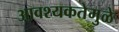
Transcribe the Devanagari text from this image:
आवश्यकतेमुळे